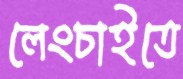
লেংচাইতে